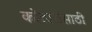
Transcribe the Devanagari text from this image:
कोठारांसाठी